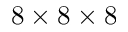
8 \times 8 \times 8